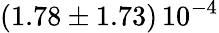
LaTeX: \left(1.78\pm 1.73\right)\, 10^{-4}